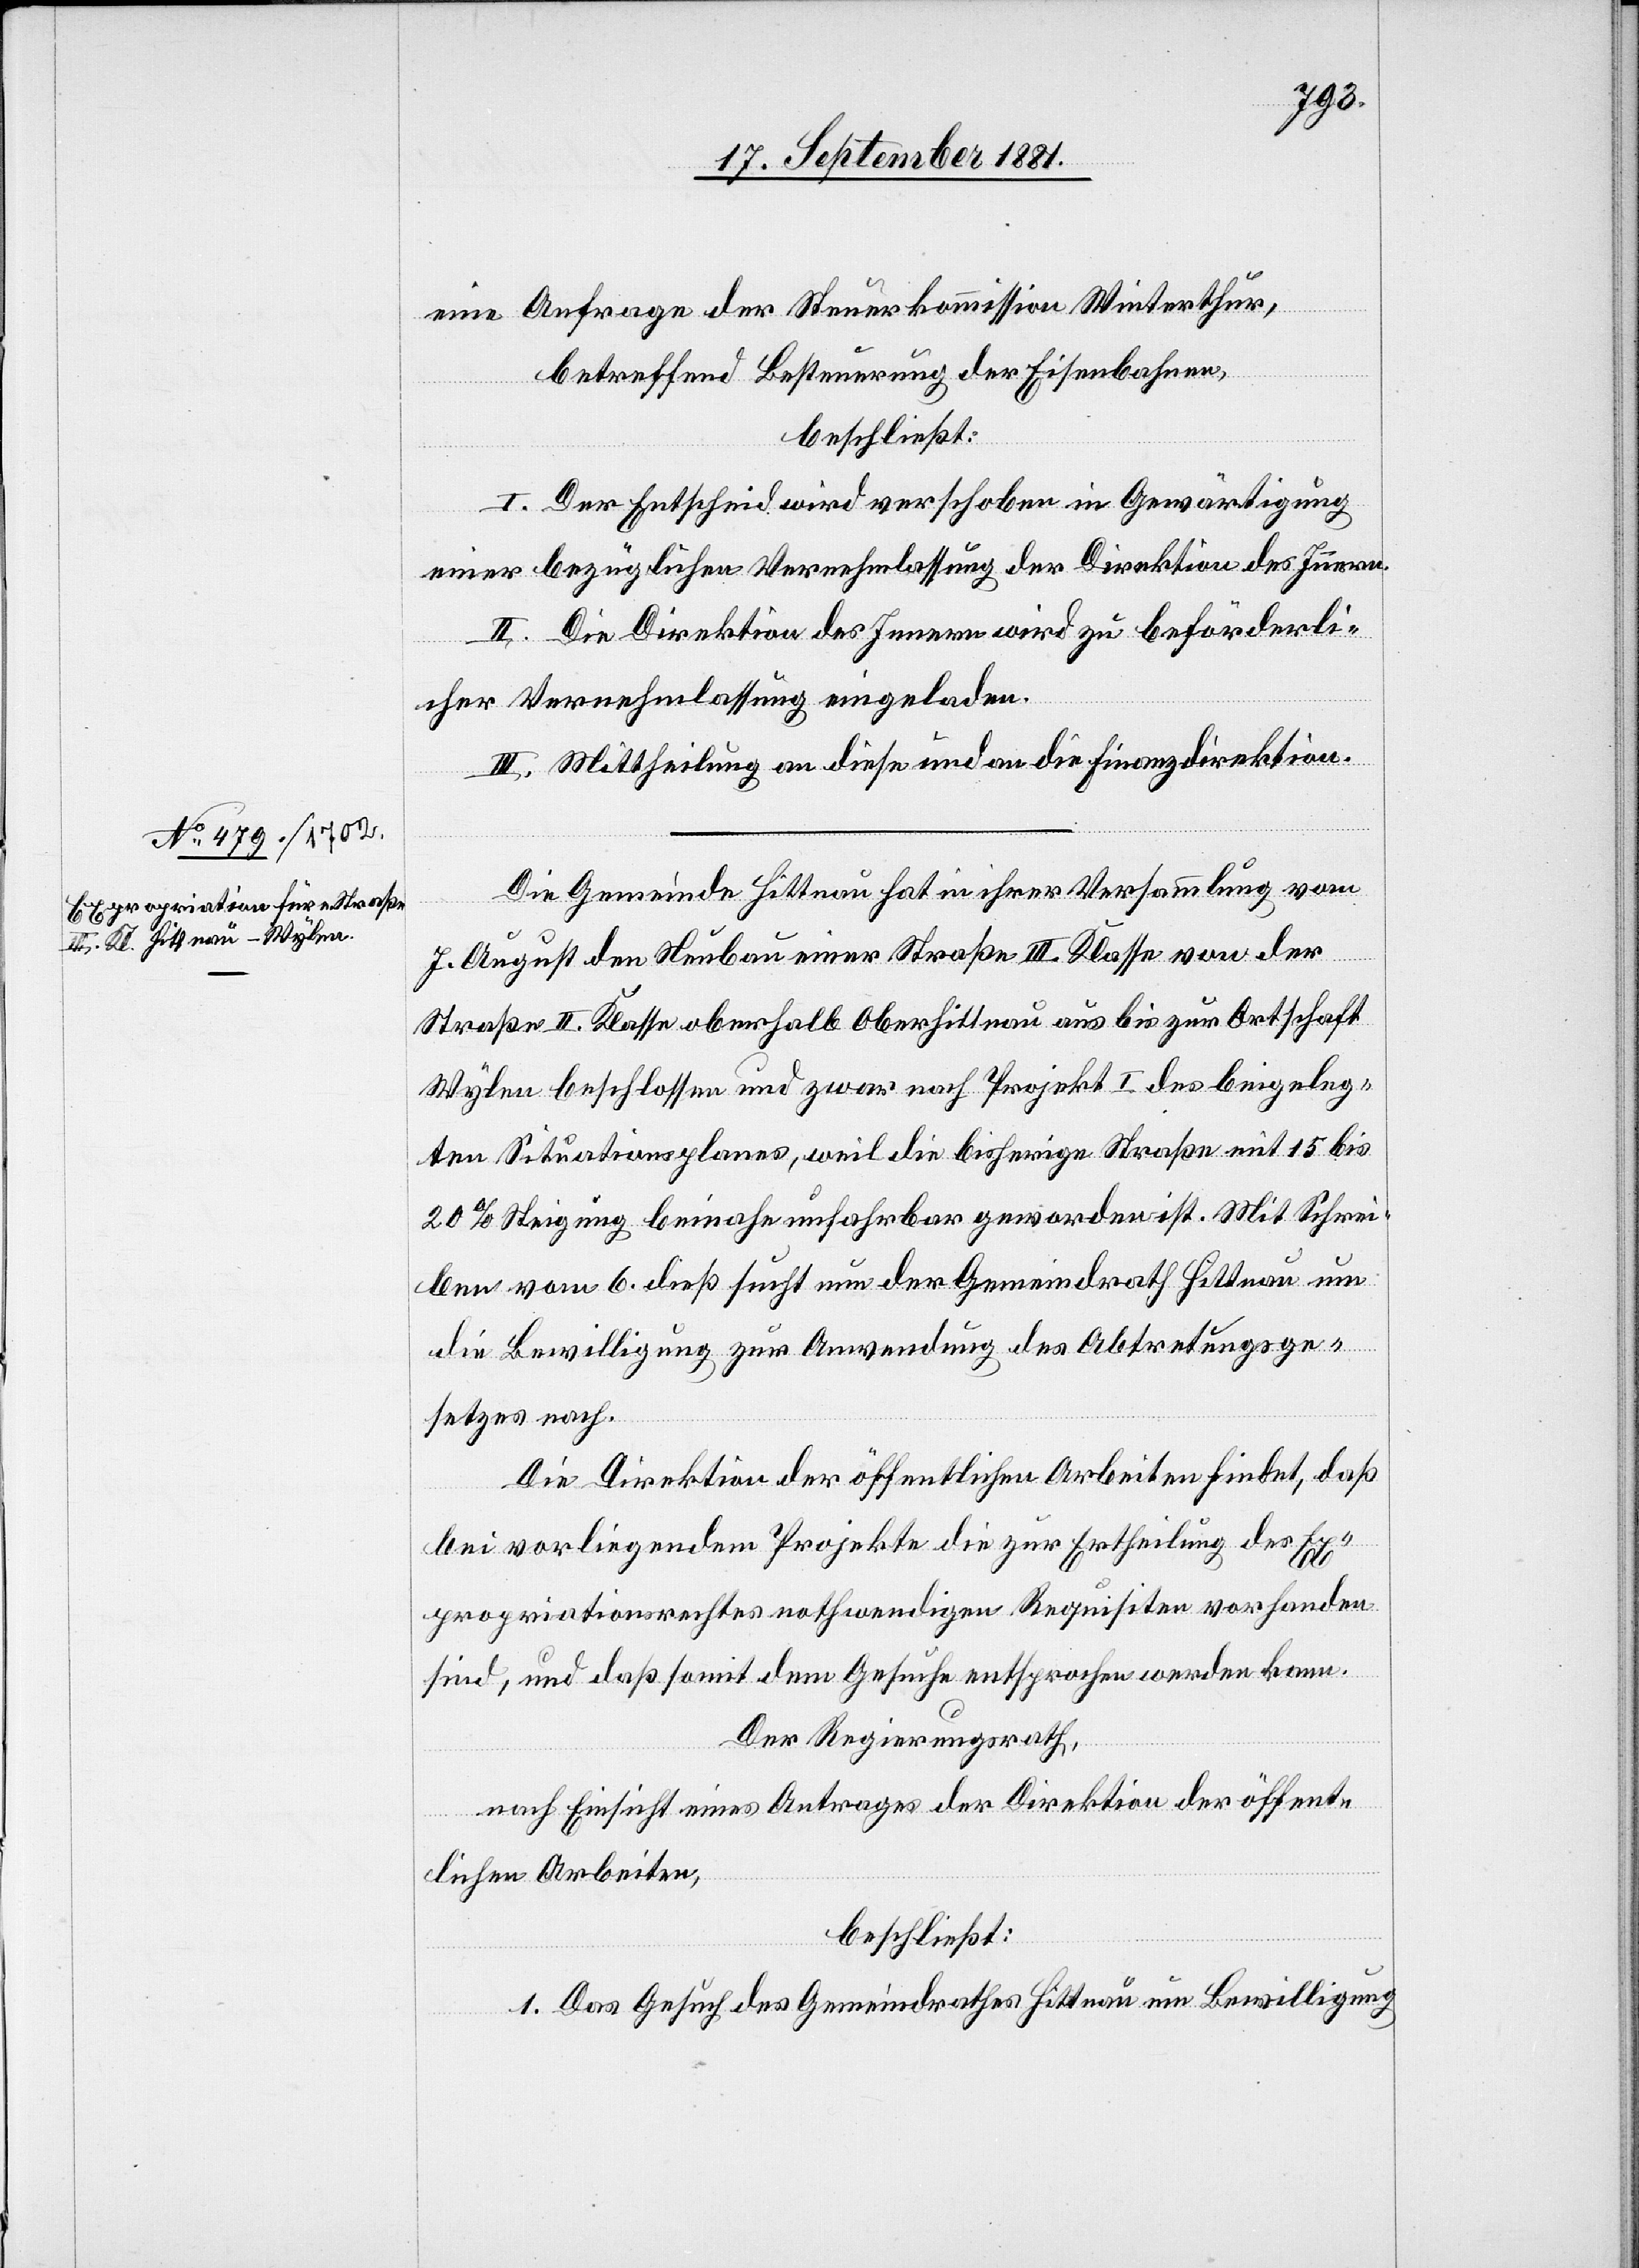
eine Anfrage der Steuerkommission Winterthur,
betreffend Besteuerung der Eisenbahnen,
beschließt:
I. Der Entscheid wird verschoben in Gewärtigung
einer bezüglichen Vernehmlassung der Direktion des Innern.
II. Die Direktion des Innern wird zu beförderli¬
cher Vernehmlassung eingeladen.
III. Mittheilung an diese und an die Finanzdirektion.
Die Gemeinde Hittnau hat in ihrer Versammlung vom
7. August den Neubau einer Straße III. Klasse von der
Straße II. Klasse oberhalb Oberhittnau aus bis zur Ortschaft
Wylen beschlossen und zwar nach Projekt I des beigeleg¬
ten Situationsplanes, weil die bisherige Straße mit 15 bis
20% Steigung beinahe unfahrbar geworden ist. Mit Schrei¬
ben vom 6. dieß sucht nun der Gemeindrath Hittnau um
die Bewilligung zur Anwendung des Abtretungsge¬
setzes nach.
Die Direktion der öffentlichen Arbeiten findet, daß
bei vorliegendem Projekte die zur Ertheilung des E¬
xpropriationsrechtes nothwendigen Requisiten vorhanden
sind, und daß somit dem Gesuche entsprochen werden kann.
Der Regierungsrath,
nach Einsicht eines Antrages der Direktion der öffent¬
lichen Arbeiten,
beschließt:
1. Das Gesuch des Gemeindrathes Hittnau um Bewilligung